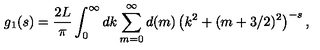
g _ { 1 } ( s ) = \frac { 2 L } { \pi } \int _ { 0 } ^ { \infty } d k \sum _ { m = 0 } ^ { \infty } d ( m ) \left( k ^ { 2 } + ( m + 3 / 2 ) ^ { 2 } \right) ^ { - s } ,